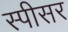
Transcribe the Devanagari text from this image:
स्पीसर